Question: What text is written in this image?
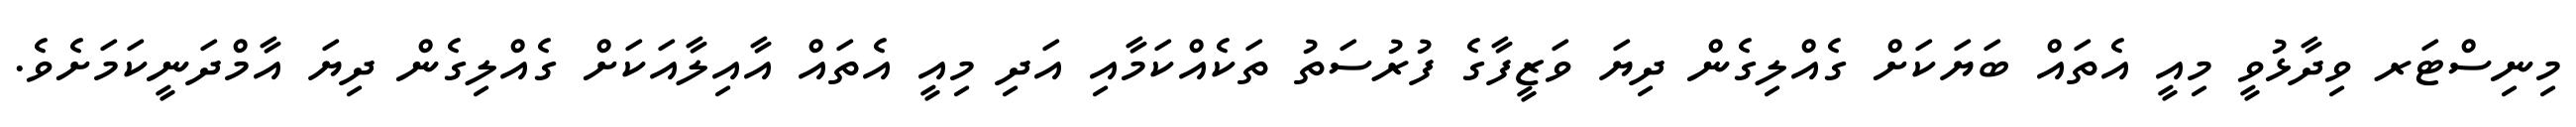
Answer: މިނިސްޓަރ ވިދާޅުވީ މިއީ އެތައް ބަޔަކަށް ގެއްލިގެން ދިޔަ ވަޒީފާގެ ފުރުސަތު ތަކެއްކަމާއި އަދި މިއީ އެތައް އާއިލާއަކަށް ގެއްލިގެން ދިޔަ އާމްދަނީކަމަށެވެ.